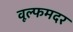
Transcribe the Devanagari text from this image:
वूल्‍फमदर